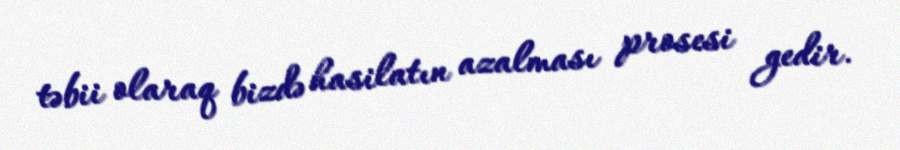
təbii olaraq bizdə hasilatın azalması prosesi gedir.